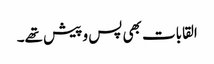
القابات بھی پس و پیش تھے۔